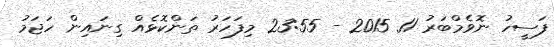
ފަސީހު ނޮވެމްބަރު 11